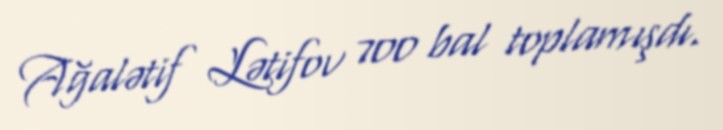
Ağalətif Lətifov 700 bal toplamışdı.